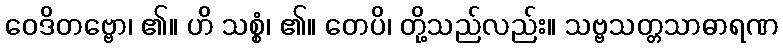
ဝေဒိတဗ္ဗော၊ ၏။ ဟိ သစ္စံ၊ ၏။ တေပိ၊ တို့သည်လည်း။ သဗ္ဗသတ္တသာဓာရဏ